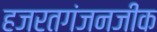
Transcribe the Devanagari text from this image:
हजरतगंजनजीक